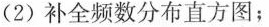
( 2 ) 补全频数分布直方图；